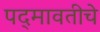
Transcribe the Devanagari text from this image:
पद्‍मावतीचे